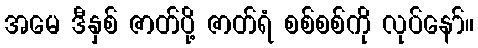
အမေ ဒီနှစ် ဇာတ်ပို့ ဇာတ်ရံ စစ်စစ်ကို လုပ်နော်။